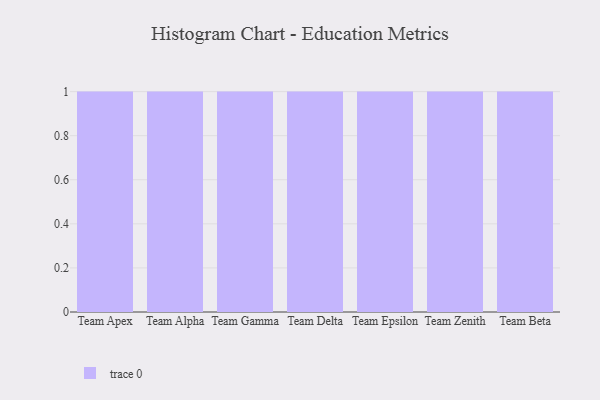
{"axis": {"x": "Team", "y": "Satisfaction Score"}, "legend": [""], "data": [{"x": "Team Apex", "y": 86, "type": ""}, {"x": "Team Alpha", "y": 8, "type": ""}, {"x": "Team Gamma", "y": 86, "type": ""}, {"x": "Team Delta", "y": 31, "type": ""}, {"x": "Team Epsilon", "y": 58, "type": ""}, {"x": "Team Zenith", "y": 31, "type": ""}, {"x": "Team Beta", "y": 71, "type": ""}]}